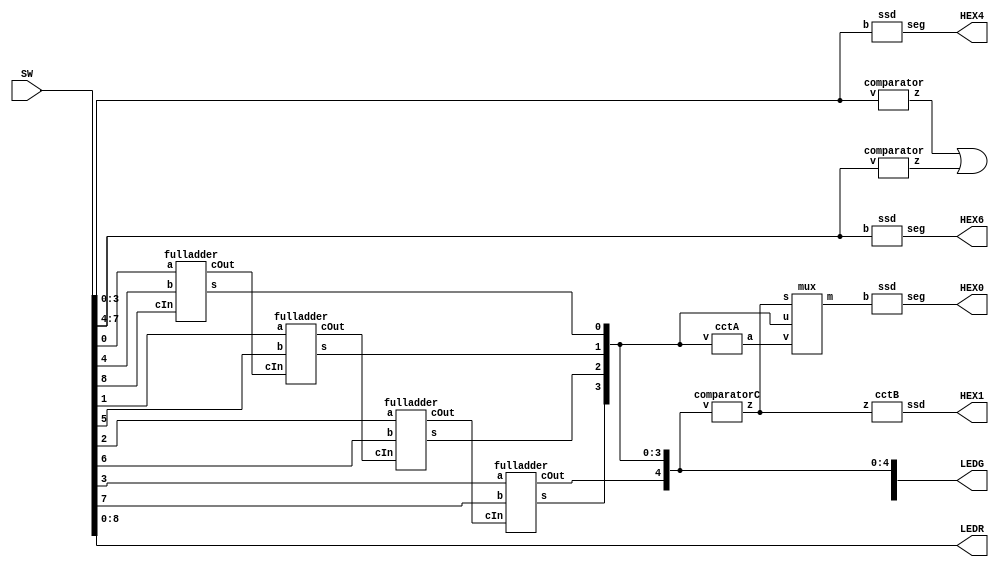
module lab2_4 (input [17:0] SW, output [8:0] LEDR, LEDG, output [6:0] HEX1, HEX0, HEX4, HEX6);

  wire z1, z2;
  wire c1, c2, c3;
  wire [4:0] s;
  wire z;
  wire [3:0] m, aOut;

  assign LEDR[8:0] = SW[8:0];
  assign LEDG[8] = z1 | z2;
  assign LEDG[4:0] = s[4:0];

  comparator cmp1 (SW[3:0], z1);
  comparator cmp2 (SW[7:4], z2);

  fulladder fa1 (SW[0], SW[4], SW[8], s[0], c1);
  fulladder fa2 (SW[1], SW[5], c1, s[1], c2);
  fulladder fa3 (SW[2], SW[6], c2, s[2], c3);
  fulladder fa4 (SW[3], SW[7], c3, s[3], s[4]);

  comparatorC cmpC (s[4:0], z);
  cctA A (s[3:0], aOut);
  mux M (z, s[3:0], aOut, m);
  cctB B (z, HEX1);
  ssd bcd (m, HEX0);
  
  ssd aSSD (SW[3:0], HEX4);
  ssd bSSD (SW[7:4], HEX6);
  
endmodule

module fulladder (a, b, cIn, s, cOut);
  input a, b, cIn;
  output cOut, s;

  wire d;

  assign d = a ^ b;
  assign s = d ^ cIn;
  assign cOut = (b & ~d) | (d & cIn);
endmodule

module ssd (input [3:0] b, output [6:0] seg);
	 assign seg[0] = ((~b[3] & ~b[2] & ~b[1] &  b[0]) | (~b[3] &  b[2] & ~b[1] & ~b[0]));
	 assign seg[1] = ((~b[3] &  b[2] & ~b[1] &  b[0]) | (~b[3] &  b[2] &  b[1] & ~b[0]));
	 assign seg[2] =  (~b[3] & ~b[2] &  b[1] & ~b[0]);
	 assign seg[3] = ((~b[3] & ~b[2] & ~b[1] &  b[0]) | (~b[3] &  b[2] & ~b[1] & ~b[0]) | (~b[3] &  b[2] & b[1] & b[0]) | (b[3] & ~b[2] & ~b[1] & b[0]));
	 assign seg[4] = ~((~b[2] & ~b[0]) | (b[1] & ~b[0]));
	 assign seg[5] = ((~b[3] & ~b[2] & ~b[1] &  b[0]) | (~b[3] & ~b[2] &  b[1] & ~b[0]) | (~b[3] & ~b[2] & b[1] & b[0]) | (~b[3] & b[2] & b[1] & b[0]));
	 assign seg[6] = ((~b[3] & ~b[2] & ~b[1] &  b[0]) | (~b[3] & ~b[2] & ~b[1] & ~b[0]) | (~b[3] &  b[2] & b[1] & b[0]));

endmodule

module comparator (input [3:0] v, output z);
  assign z = (v[3] & (v[2] | v[1]));
endmodule

module cctA (input [3:0] v, output [3:0] a);
  assign a[0] = v[0];
  assign a[1] = ~v[1];
  assign a[2] = (~v[3] & ~v[1]) | (v[2] & v[1]);
  assign a[3] = (~v[3] & v[1]);
endmodule

module cctB (input z, output [6:0]ssd);
  assign ssd[6] = 1;
  assign ssd[5:4] = 2'b00;
  assign ssd[3:1] = {3{z}};
  assign ssd[0] = z;
endmodule

module mux (s, u, v, m);
  // if ~s, send U
  input s;
  input [3:0] u, v;
  output [3:0] m;

  assign m = ({4{~s}} & u) | ({4{s}} & v);
endmodule

module comparatorC (input [4:0] v, output z);
  assign z = v[4] | ((v[3] & v[2]) | (v[3] & v[1]));
endmodule